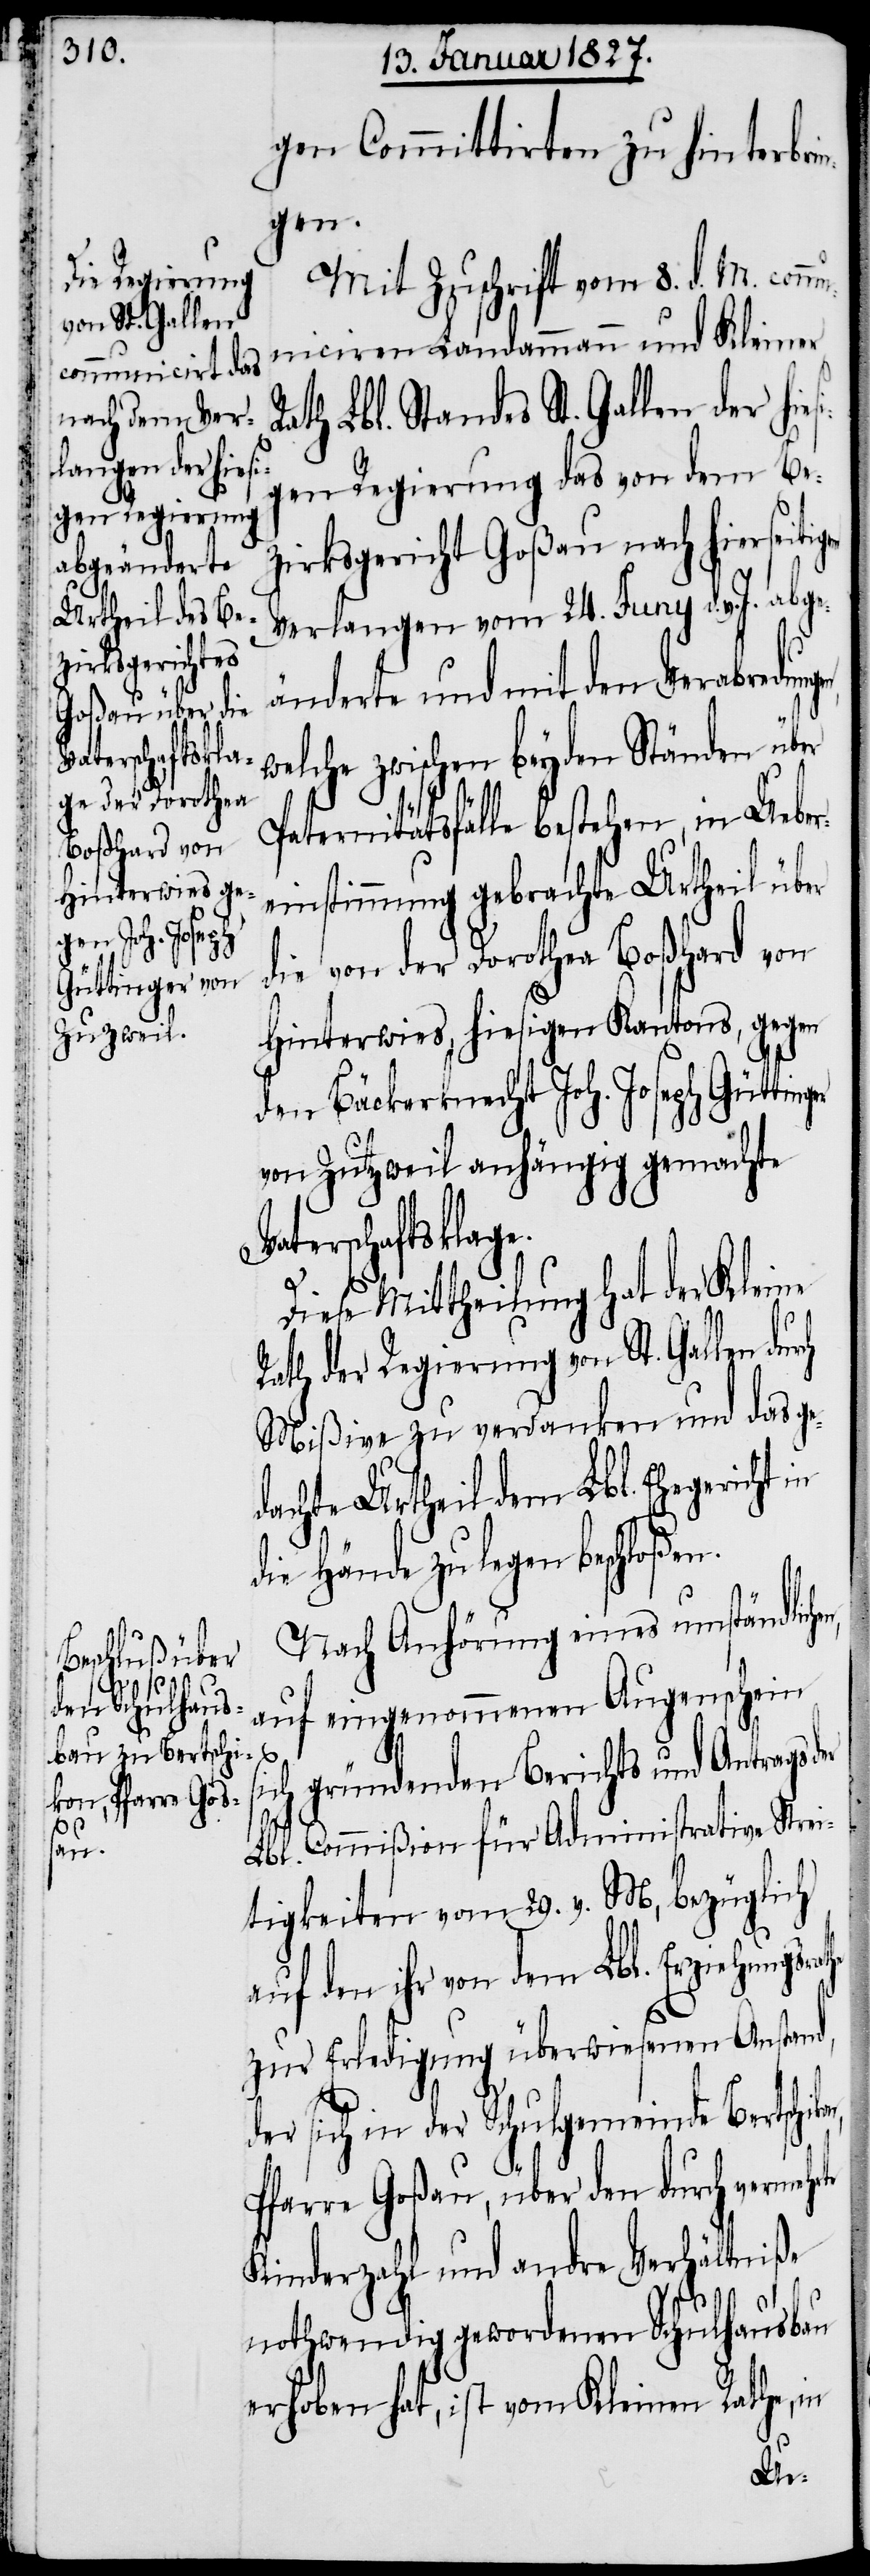
r¬
Vaterschaftsklage.
rte
a¬

gen Committirten zu hinterbri¬
ngen.
Mit Zuschrift vom 8. d. M. comm¬
unicirten Landammann und Kleiner
Rath Lbl. Standes St. Gallen der hie¬
gen Regierung das von dem Be¬
zirksgericht Goßau nach hierseitig¬
Verlangen vom 24. Juny d. v. J. abge¬
änderte und mit den Verabredunge¬
welche zwischen beyden Ständen über
Paternitätsfälle bestehen, in Uebe¬
einstimmung gebrachte Urtheil über
die von der Dorothea Boßhard von
Hinterwies, hiesigen Kantons, gegen
den Bäckerknecht Joh. Joseph Güttin¬
von Zutzweil anhängig gemachte
Diese Mittheilung hat der Kleine
Rath der Regierung von St. Gallen du¬
Mißive zu verdanken und das ge¬
dachte Urtheil dem Lbl. Ehegericht
die Hände zu legen beschloßen.
Nach Anhörung eines umständlich¬
auf eingenommenen Augenschein
kon,
ich gründenden Berichts und Antrags
Lbl. Commißion für Administrative Strei¬
tigkeiten vom 29. v. M, bezüglich
uf den ihr von dem Lbl. Erziehungsr¬
zur Erledigung überwiesenen Anstand,
der sich in der Schulgemeinde Bertschi¬
Pfarre Goßau, über den durch vermeh¬
Kinderzahl und andre Verhältniße
nothwendig gewordenen Schulhausbau
erhoben hat, ist vom Kleinen Rathe, in